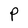
Character: P